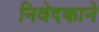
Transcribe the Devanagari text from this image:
निवेदकाने